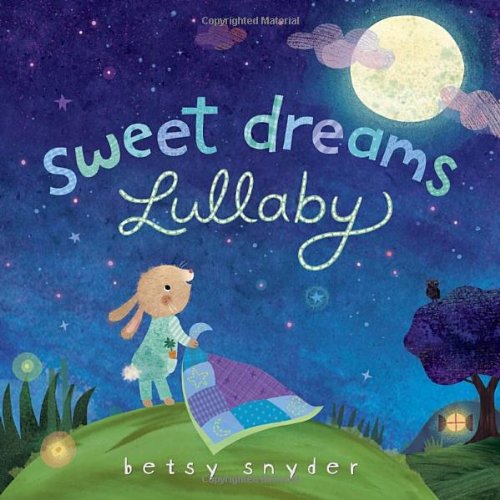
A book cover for Sweet Dreams Lullaby; Betsy E. Snyder; Children's Books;